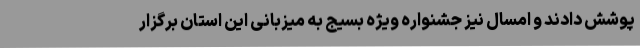
پوشش دادند و امسال نیز جشنواره ویژه بسیج به میزبانی این استان برگزار